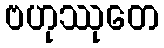
ဗဟုဿုတေ